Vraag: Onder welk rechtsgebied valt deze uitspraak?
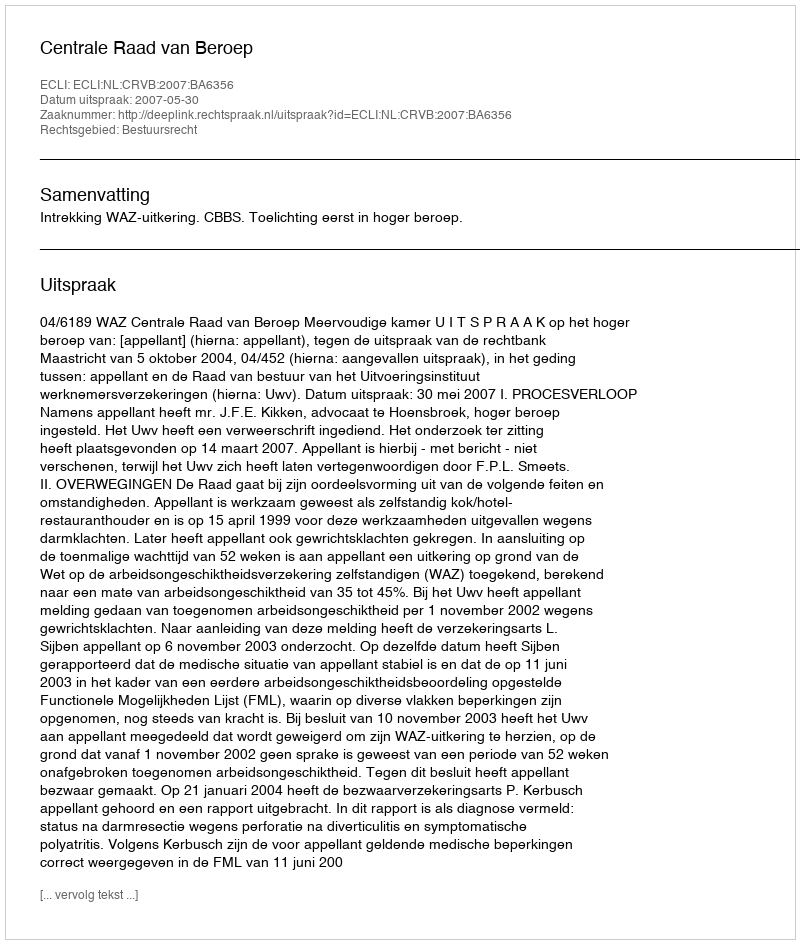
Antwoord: Bestuursrecht